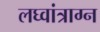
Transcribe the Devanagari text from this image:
लघ्वांत्राग्न